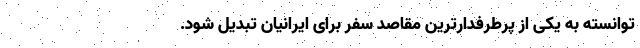
توانسته به یکی از پرطرفدارترین مقاصد سفر برای ایرانیان تبدیل شود.